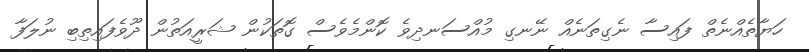
ހަޔާތެއްނެތް ފައިސާ ނެގިތަނެއް ނޭނގި މުއްސަނދިވެ ކޮންމެވެސް ގޮތަކުން ޝަރީއަތުން ދޫވެފައިތިބި ނުލަފާ